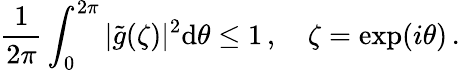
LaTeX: {\frac{1}{2\pi}}\int_{0}^{2\pi}\vert\tilde{g}(\zeta)\vert^{2}\mathrm{d}\theta\leq 1\, ,\quad\zeta=\mathrm{exp}(i\theta)\, .